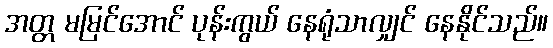
အတ္တ မမြင်အောင် ပုန်းကွယ် နေရုံသာလျှင် နေနိုင်သည်။